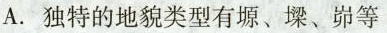
A.独特的地貌类型有塬、墚、峁等